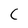
Character: C